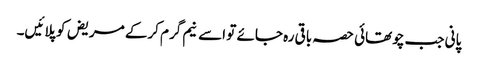
پانی جب چوتھائی حصہ باقی رہ جائے تو اسے نیم گرم کرکے مریض کو پلائیں۔